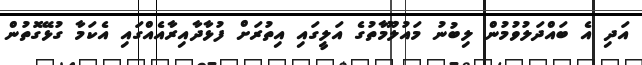
އަދި އެ ބައްދަލުވުމުން ލިބުނު މައުލޫމާތުގެ އަލީގައި އިތުރަށް ފުޅާދާއިރާއެއްގައި އެކަމާ ގުޅޭގޮތުން